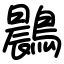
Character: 鷐